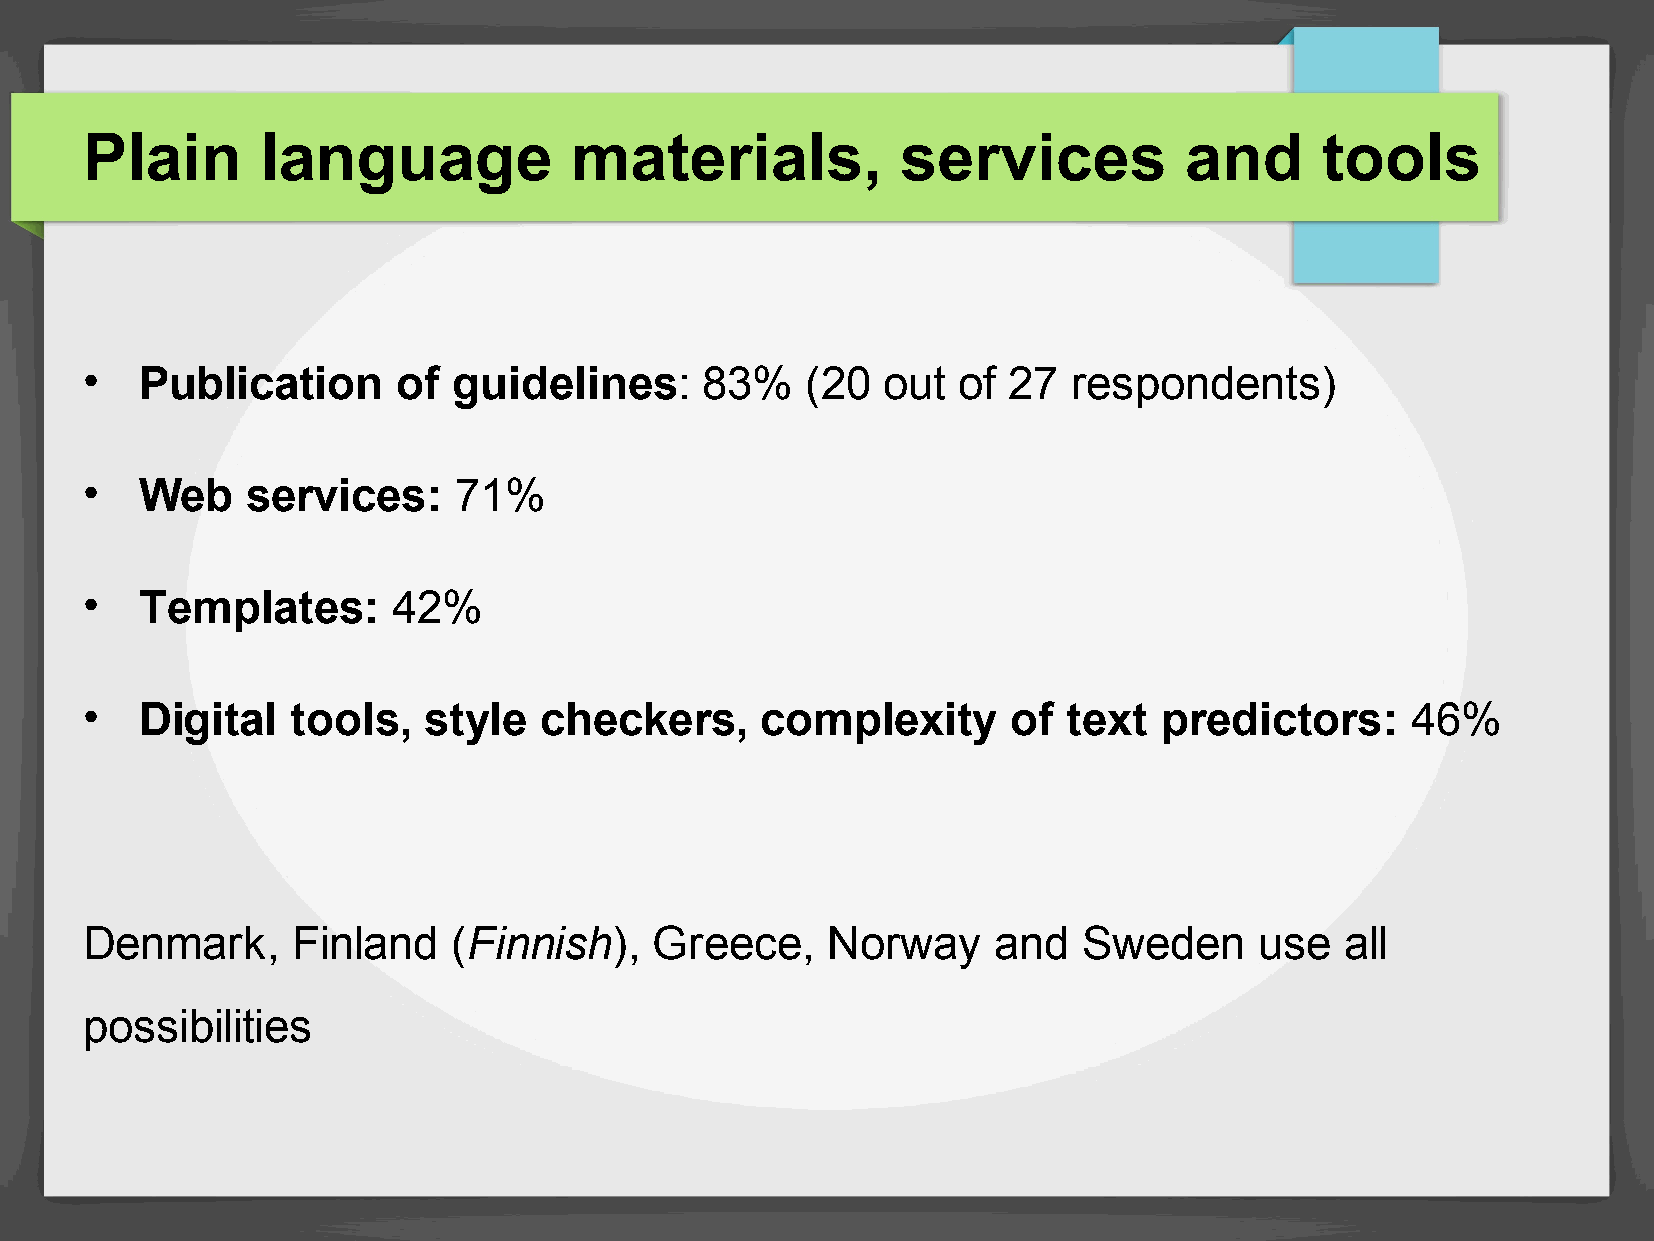
Plain       language             materials,            services          and       tools
 •  Publication      of  guidelines:      83%   (20   out of  27  respondents)
 •  Web    services:     71%
 •  Templates:       42%
 •  Digital   tools,   style   checkers,     complexity       of  text  predictors:     46%
 Denmark,      Finland    (Finnish),   Greece,     Norway     and   Sweden     use   all
 possibilities